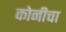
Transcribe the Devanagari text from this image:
कोनीचा